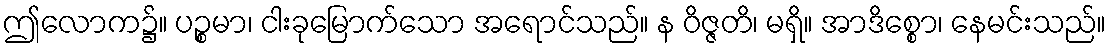
ဤလောက၌။ ပဉ္စမာ၊ ငါးခုမြောက်သော အရောင်သည်။ န ဝိဇ္ဇတိ၊ မရှိ။ အာဒိစ္စော၊ နေမင်းသည်။